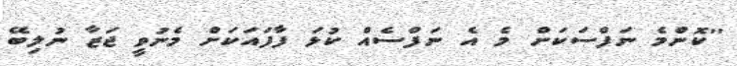
''ކޮންމެ ނަފްސަކަށް މެ އެ ނަފްސެއް ކުޅަ ފާފައަކަށް މެނުވީ ޖަޒާ ނުލިބޭ